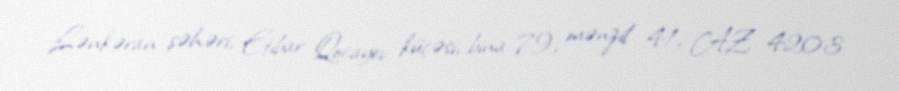
Lənkəran şəhəri, Etibar Qocayev küçəsi, bina 79, mənzil 41, AZ 4203